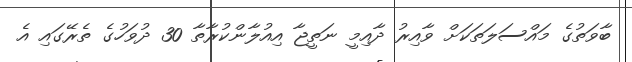
ބާވަތުގެ މައްސަލަތަކަށް ވާއިރު ދާއިމީ ނަތީޖާ އިއުލާންކުރާތާ 30 ދުވަހުގެ ތެރޭގައި އެ